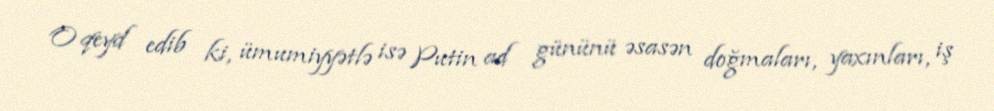
O qeyd edib ki, ümumiyyətlə isə Putin ad gününü əsasən doğmaları, yaxınları, iş